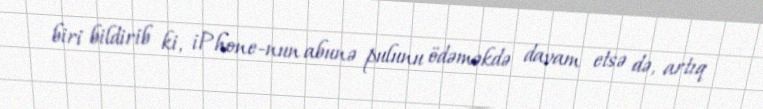
biri bildirib ki, iPhone-nun abunə pulunu ödəməkdə davam etsə də, artıq